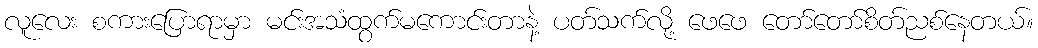
လူလေး စကားပြောရာမှာ မင်းအသံထွက်မကောင်းတာနဲ့ ပတ်သက်လို့ ဖေဖေ တော်တော်စိတ်ညစ်နေတယ်။